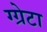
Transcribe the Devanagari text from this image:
ग्ग्रेटा